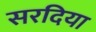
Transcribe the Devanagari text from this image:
सरदिया